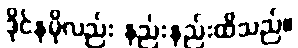
ဒိုင်နမိုလည်း နည်းနည်းထိသည်။